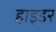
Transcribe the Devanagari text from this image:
हाइडर